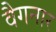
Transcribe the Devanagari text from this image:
वैगनार